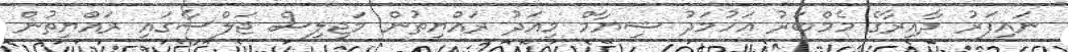
ނައިފަރު ދާއިރާގެ މެމްބަރު އަހުމަދު ޝިޔާމް މިއަދު ރައްޔިތުން މަޖިލިސް ޖަލްސާގައި ރައްޔިތުން